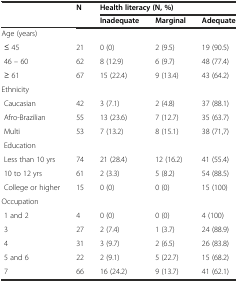
<table><thead><tr><td rowspan="2"></td><td rowspan="2"><b>N</b></td><td colspan="3"><b>Health literacy (N, %)</b></td></tr><tr><td><b>Inadequate</b></td><td><b>Marginal</b></td><td><b>Adequate</b></td></tr></thead><tbody><tr><td>Age (years)</td><td></td><td></td><td></td><td></td></tr><tr><td>≤ 45</td><td>21</td><td>0 (0)</td><td>2 (9.5)</td><td>19 (90.5)</td></tr><tr><td>46 – 60</td><td>62</td><td>8 (12.9)</td><td>6 (9.7)</td><td>48 (77.4)</td></tr><tr><td>≥ 61</td><td>67</td><td>15 (22.4)</td><td>9 (13.4)</td><td>43 (64.2)</td></tr><tr><td>Ethnicity</td><td></td><td></td><td></td><td></td></tr><tr><td> Caucasian</td><td>42</td><td>3 (7.1)</td><td>2 (4.8)</td><td>37 (88.1)</td></tr><tr><td> Afro-Brazilian</td><td>55</td><td>13 (23.6)</td><td>7 (12.7)</td><td>35 (63.7)</td></tr><tr><td> Multi</td><td>53</td><td>7 (13.2)</td><td>8 (15.1)</td><td>38 (71,7)</td></tr><tr><td> Education</td><td></td><td></td><td></td><td></td></tr><tr><td> Less than 10 yrs</td><td>74</td><td>21 (28.4)</td><td>12 (16.2)</td><td>41 (55.4)</td></tr><tr><td> 10 to 12 yrs</td><td>61</td><td>2 (3.3)</td><td>5 (8.2)</td><td>54 (88.5)</td></tr><tr><td> College or higher</td><td>15</td><td>0 (0)</td><td>0 (0)</td><td>15 (100)</td></tr><tr><td>Occupation</td><td></td><td></td><td></td><td></td></tr><tr><td> 1 and 2</td><td>4</td><td>0 (0)</td><td>0 (0)</td><td>4 (100)</td></tr><tr><td> 3</td><td>27</td><td>2 (7.4)</td><td>1 (3.7)</td><td>24 (88.9)</td></tr><tr><td> 4</td><td>31</td><td>3 (9.7)</td><td>2 (6.5)</td><td>26 (83.8)</td></tr><tr><td> 5 and 6</td><td>22</td><td>2 (9.1)</td><td>5 (22.7)</td><td>15 (68.2)</td></tr><tr><td> 7</td><td>66</td><td>16 (24.2)</td><td>9 (13.7)</td><td>41 (62.1)</td></tr></tbody></table>